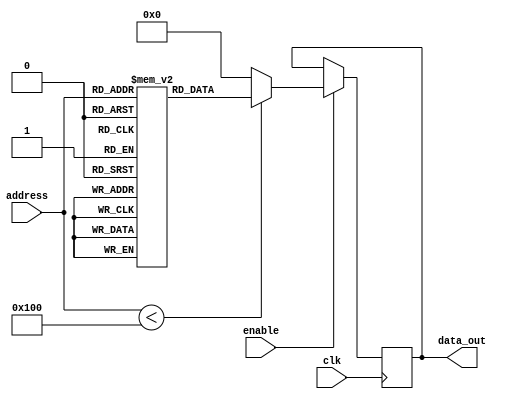
module Parameterized_ROM #(
    parameter ADDR_WIDTH = 8,  // Address width
    parameter DATA_WIDTH = 16,  // Data width
    parameter MEM_SIZE = 1 << ADDR_WIDTH  // Size of the ROM
)(
    input wire [ADDR_WIDTH-1:0] address,  // Address input
    input wire clk,                        // Clock input
    input wire enable,                     // Enable input
    output reg [DATA_WIDTH-1:0] data_out   // Data output
);

    // Internal memory array
    reg [DATA_WIDTH-1:0] memory [0:MEM_SIZE-1];

    // Initialize the ROM with predefined values
    initial begin
        // Example initialization (can be replaced with actual values)
        memory[0] = 16'h0001;
        memory[1] = 16'h0002;
        memory[2] = 16'h0003;
        memory[3] = 16'h0004;
        // ... Initialize other memory locations as needed
        memory[255] = 16'h00FF; // For an 8-bit address width
    end

    // Read operation (synchronous)
    always @(posedge clk) begin
        if (enable) begin
            if (address < MEM_SIZE) begin
                data_out <= memory[address];  // Read from memory
            end else begin
                data_out <= {DATA_WIDTH{1'b0}}; // Default value for out-of-range address
            end
        end
    end

endmodule